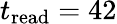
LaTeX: t_{\mathrm{read}}=42